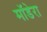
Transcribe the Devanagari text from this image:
मॉडेरा